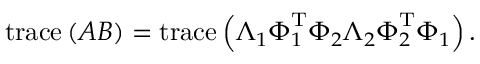
\begin{array} { r } { \operatorname { t r a c e } \left( \boldsymbol { A } \boldsymbol { B } \right) = \operatorname { t r a c e } \left( \boldsymbol { \Lambda } _ { 1 } \boldsymbol { \Phi } _ { 1 } ^ { \mathrm { T } } \boldsymbol { \Phi } _ { 2 } \boldsymbol { \Lambda } _ { 2 } \boldsymbol { \Phi } _ { 2 } ^ { \mathrm { T } } \boldsymbol { \Phi } _ { 1 } \right) . } \end{array}